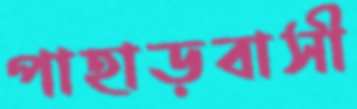
পাহাড়বাসী